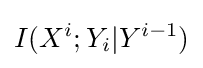
I(X^{i};Y_{i}|Y^{i-1})